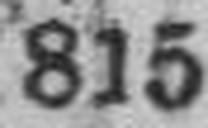
815